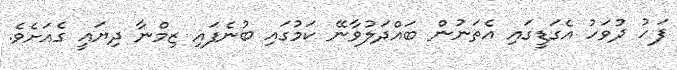
ފަހު ދުވަހު އެގަޑީގައި އެތަނުން ބައްދަލުވާނޭ ކަމުގައި ބުނެފައި ޒިމްނާ ދިޔައީ ގެއަށެވެ.